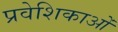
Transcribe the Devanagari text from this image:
प्रवेशिकाओं